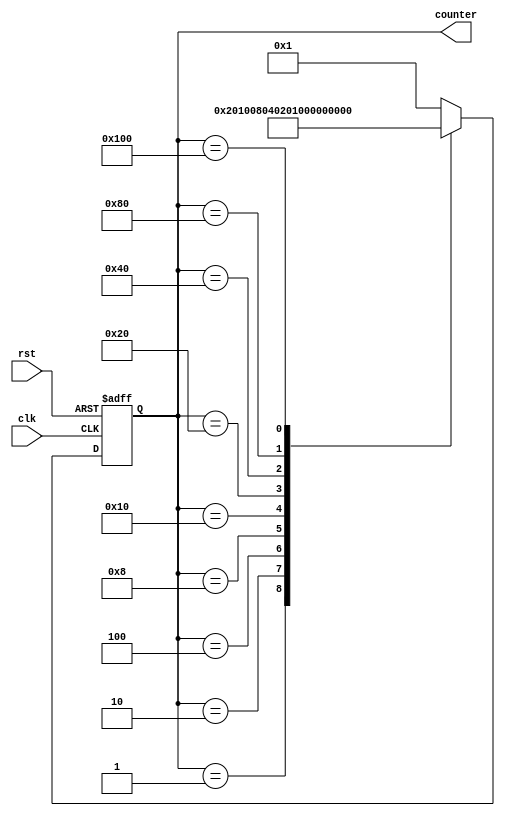
module decade_ring_counter (
    input wire clk,           // Clock input
    input wire rst,           // Asynchronous reset
    output reg [9:0] counter   // 10-bit counter output
);

    always @(posedge clk or posedge rst) begin
        if (rst) begin
            // Reset state to the first state
            counter <= 10'b0000000001; // Start at 1
        end else begin
            // Shift the active '1' to the left or wrap around
            case (counter)
                10'b0000000001: counter <= 10'b0000000010; // 1 -> 2
                10'b0000000010: counter <= 10'b0000000100; // 2 -> 4
                10'b0000000100: counter <= 10'b0000001000; // 4 -> 8
                10'b0000001000: counter <= 10'b0000010000; // 8 -> 10
                10'b0000010000: counter <= 10'b0000100000; // 10 -> 12
                10'b0000100000: counter <= 10'b0001000000; // 12 -> 14
                10'b0001000000: counter <= 10'b0010000000; // 14 -> 16
                10'b0010000000: counter <= 10'b0100000000; // 16 -> 18
                10'b0100000000: counter <= 10'b1000000000; // 18 -> 20
                10'b1000000000: counter <= 10'b0000000001; // 20 -> 1 (wrap around)
                default: counter <= 10'b0000000001;         // Fallback to reset state
            endcase
        end
    end

endmodule